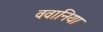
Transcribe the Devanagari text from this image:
ववानिया